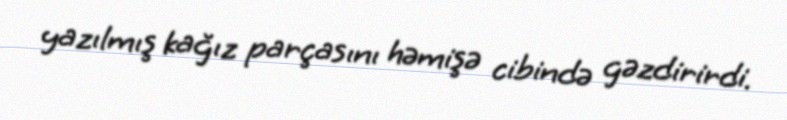
yazılmış kağız parçasını həmişə cibində gəzdirirdi.